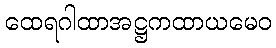
ထေရဂါထာအဋ္ဌကထာယမေဝ